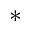
^ *